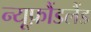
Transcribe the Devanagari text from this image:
न्यूफ़ौंडलैंड